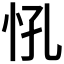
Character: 𢗵